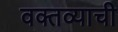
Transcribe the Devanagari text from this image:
वक्तव्याची